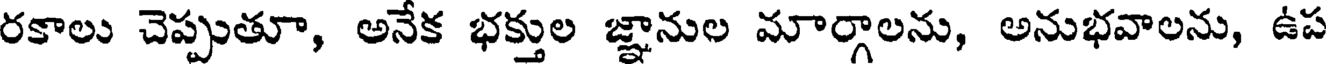
రకాలు చెప్పుతూ, అనేక భక్తుల జ్ఞానుల మార్గాలను, అనుభవాలను, ఉప